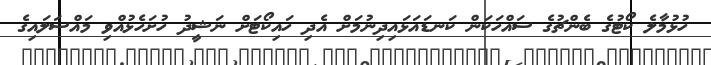
ހުޅުމާލެ ކޯޓުގެ ބެންޗުގެ ސައްހަކަން ކަނޑައަޅައިދިނުމަށް އެދި ހައިކޯޓަށް ނަޝީދު ހުށަހެޅުއްވި މައްސަލައިގެ